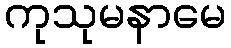
ကုသုမနာမေ